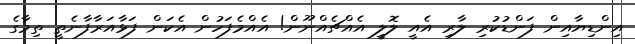
އިންޑިޔާއިން ފަންޑުކުރި ލާރި އެއީ ލޮލީ އެއްޗެއްނޫން! އެއްމެފަހުން އެކަން ފަޅާއަރާފާނެތީ ތިމާގެ